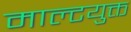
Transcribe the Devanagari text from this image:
माल्टयुक्त